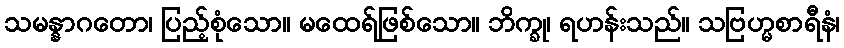
သမန္နာဂတော၊ ပြည့်စုံသော။ မထေရ်ဖြစ်သော။ ဘိက္ခု၊ ရဟန်းသည်။ သဗြဟ္မစာရီနံ၊